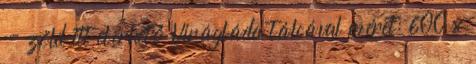
- zöld itt elérhető Virágláda tálcával méret: 600 x